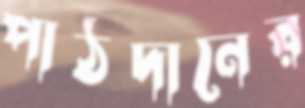
পাঠদানের